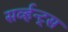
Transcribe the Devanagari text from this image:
सर्व्हन्ट्स